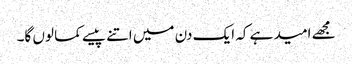
مجھے امید ہے کہ ایک دن میں اتنے پیسے کما لوں گا۔